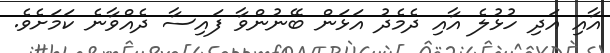
އާއި އަދި ހުޅުލެ އާއި ދެމެދު އަޅަން ބޭނުންވާ ފައިސާ ދެއްވާނެ ކަމަށެވެ.